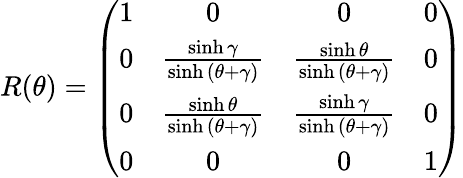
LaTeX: R(\theta)=\left(\begin{array}{cccc}{{1}}&{{0}}&{{0}}&{{0}}\\ {{0}}&{{\frac{\sinh{\gamma}}{\sinh{(\theta+\gamma)}}}}&{{\frac{\sinh{\theta}}{\sinh{(\theta+\gamma)}}}}&{{0}}\\ {{0}}&{{\frac{\sinh{\theta}}{\sinh{(\theta+\gamma)}}}}&{{\frac{\sinh{\gamma}}{\sinh{(\theta+\gamma)}}}}&{{0}}\\ {{0}}&{{0}}&{{0}}&{{1}}\end{array}\right)